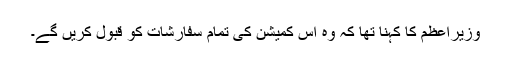
وزیراعظم کا کہنا تھا کہ وہ اس کمیشن کی تمام سفارشات کو قبول کریں گے۔